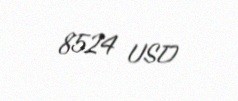
8524 USD